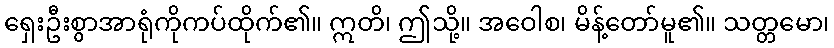
ရှေးဦးစွာအာရုံကိုကပ်ထိုက်၏။ ဣတိ၊ ဤသို့။ အဝေါစ၊ မိန့်တော်မူ၏။ သတ္တမော၊